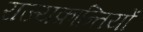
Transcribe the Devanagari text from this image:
राज्यक्रान्तियों